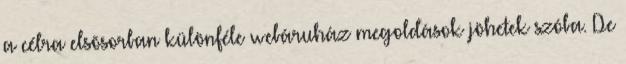
a célra elsõsorban különféle webáruház megoldások jöhetek szóba. De